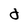
Character: d